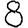
Digit: 8